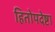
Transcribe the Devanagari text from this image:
हितोपदेष्टा